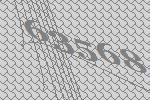
63568